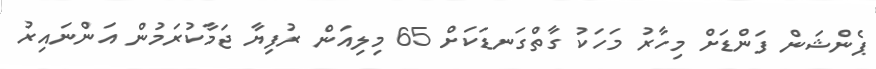
ޕެންޝަން ފަންޑަށް މިހާރު މަހަކު ގާތްގަނޑަކަށް 65 މިލިއަން ރުފިޔާ ޖަމާކުރަމުން އަންނައިރު